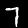
Label: 7